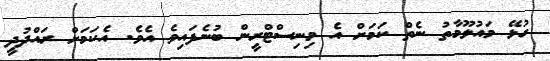
ގުޅޭ މައުލޫމާތު ނެތް ކަމަށް އެ މިނިސްޓްރީން ބުނެފައިވެ އެވެ. އެކަމަށް ރައްދުދީ